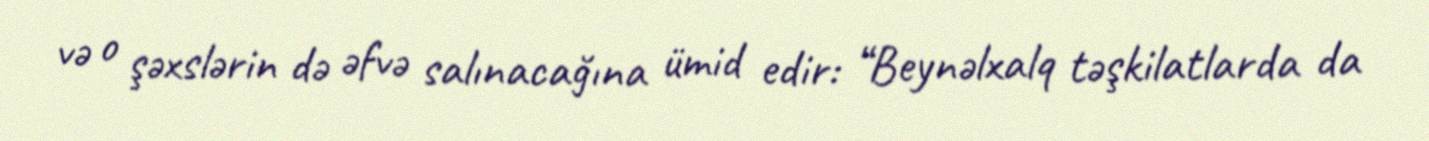
və o şəxslərin də əfvə salınacağına ümid edir: “Beynəlxalq təşkilatlarda da